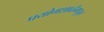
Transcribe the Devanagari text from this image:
प्रयोगशाळेमधून